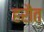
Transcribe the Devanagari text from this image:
हरौत